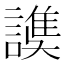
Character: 𧫟